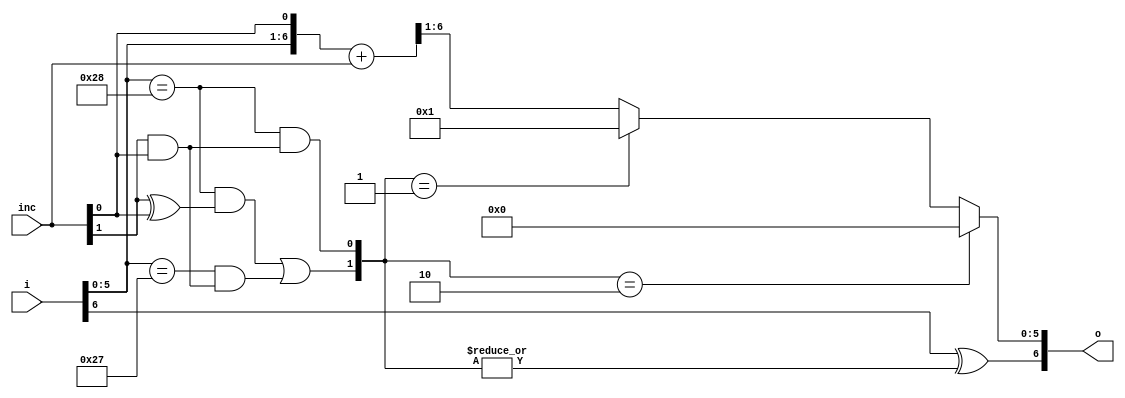
//  IBM Corp. 2020
// Licensed under the Apache License, Version 2.0 (the "License"), as modified by
// the terms below; you may not use the files in this repository except in
// compliance with the License as modified.
// You may obtain a copy of the License at http://www.apache.org/licenses/LICENSE-2.0
//
// Modified Terms:
//
//    1) For the purpose of the patent license granted to you in Section 3 of the
//    License, the "Work" hereby includes implementations of the work of authorship
//    in physical form.
//
//    2) Notwithstanding any terms to the contrary in the License, any licenses
//    necessary for implementation of the Work that are available from OpenPOWER
//    via the Power ISA End User License Agreement (EULA) are explicitly excluded
//    hereunder, and may be obtained from OpenPOWER under the terms and conditions
//    of the EULA.  
//
// Unless required by applicable law or agreed to in writing, the reference design
// distributed under the License is distributed on an "AS IS" BASIS, WITHOUT
// WARRANTIES OR CONDITIONS OF ANY KIND, either express or implied. See the License
// for the specific language governing permissions and limitations under the License.
// 
// Additional rights, including the ability to physically implement a softcore that
// is compliant with the required sections of the Power ISA Specification, are
// available at no cost under the terms of the OpenPOWER Power ISA EULA, which can be
// obtained (along with the Power ISA) here: https://openpowerfoundation.org. 

`timescale 1 ns / 1 ns

//  Description:  Saturating Incrementer
//
//  Change log at bottom of this file
//*****************************************************************************

module iuq_cpl_itag( inc, i, o);
   parameter         SIZE = 7;
   parameter         WRAP = 40;

   input [0:1]       inc;
   input [0:SIZE-1]  i;

   output [0:SIZE-1] o;

   wire [1:SIZE]     a;
   wire [1:SIZE]     b;
   wire [1:SIZE]     rslt;
   wire              rollover;
   wire              rollover_m1;
   wire              inc_1;
   wire              inc_2;
   wire [0:1]        wrap_sel;


   (* analysis_not_referenced="true" *)

   wire 	     unused;
   // Increment by 1 or 2.
   // Go back to zero at WRAP
   // Flip bit zero when a rollover occurs
   // eg 0...39, 64..103
   assign unused = rslt[SIZE];

   assign a = {i[1:SIZE - 1], inc[1]};
   assign b = {{SIZE-2{1'b0}},{inc[0], inc[1]}};
   assign rslt = a + b;

   assign rollover = {{32-SIZE+1{1'b0}},i[1:SIZE - 1]} == WRAP;
   assign rollover_m1 = {{32-SIZE+1{1'b0}},i[1:SIZE - 1]} == WRAP - 1;

   assign inc_1 = inc[0] ^ inc[1];
   assign inc_2 = inc[0] & inc[1];

   assign wrap_sel[0] = (rollover & inc_1) | (rollover_m1 & inc_2);
   assign wrap_sel[1] = rollover & inc_2;

   assign o[0] = i[0] ^ |(wrap_sel);

   assign o[1:SIZE-1] = (wrap_sel[0:1] == 2'b10) ? {SIZE-1{1'b0}} :
                        (wrap_sel[0:1] == 2'b01) ? {{SIZE-2{1'b0}},{1'b1}} :
                         rslt[1:SIZE-1];

endmodule